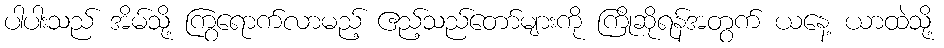
ပါပါးသည် အိမ်သို့ ကြွရောက်လာမည့် ဧည့်သည်တော်များကို ကြိုဆိုရန်အတွက် ယနေ့ ယာထဲသို့